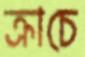
ক্রাচে